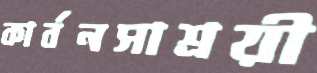
কার্বনসাশ্রয়ী